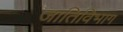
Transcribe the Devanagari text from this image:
जातिविभाग